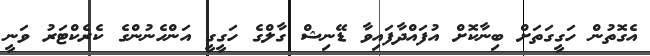
އެގޮތުން ހަގީގަތަށް ބިނާކޮށް އުފައްދާފައިވާ ޑޭނިޝް ގާލްގެ ހަގީގީ އަންހެނުންގެ ކެރެކްޓަރު ވަނީ